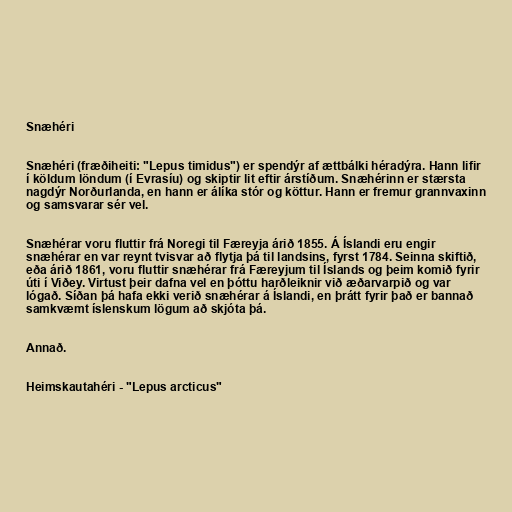
Snæhéri

Snæhéri (fræðiheiti: "Lepus timidus") er spendýr af ættbálki héradýra. Hann lifir
í köldum löndum (í Evrasíu) og skiptir lit eftir árstíðum. Snæhérinn er stærsta
nagdýr Norðurlanda, en hann er álíka stór og köttur. Hann er fremur grannvaxinn
og samsvarar sér vel.

Snæhérar voru fluttir frá Noregi til Færeyja árið 1855. Á Íslandi eru engir
snæhérar en var reynt tvisvar að flytja þá til landsins, fyrst 1784. Seinna skiftið,
eða árið 1861, voru fluttir snæhérar frá Færeyjum til Íslands og þeim komið fyrir
úti í Viðey. Virtust þeir dafna vel en þóttu harðleiknir við æðarvarpið og var
lógað. Síðan þá hafa ekki verið snæhérar á Íslandi, en þrátt fyrir það er bannað
samkvæmt íslenskum lögum að skjóta þá.

Annað.

Heimskautahéri - "Lepus arcticus"